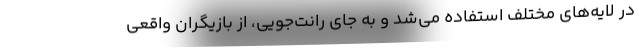
در لایه‌های مختلف استفاده می‌شد و به جای رانت‌جویی، از بازیگران واقعی